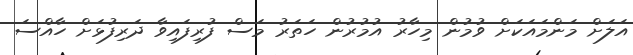
އަލަށް މަންމައަކަށް ވުމުން މިހާރު އުމުރުން ހަތަރު މަސް ފުރިފައިވާ ދަރިފުޅަށް ހާއްސަ